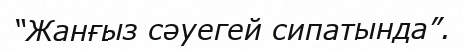
“Жанғыз сәуегей сипатында”.